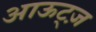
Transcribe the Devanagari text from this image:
आऊट्ज़